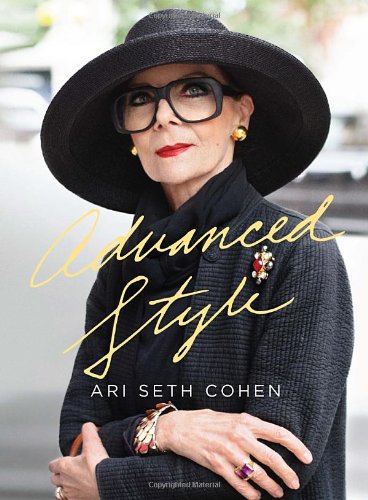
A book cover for Advanced Style; Ari Seth Cohen; Humor & Entertainment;